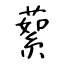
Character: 蕠